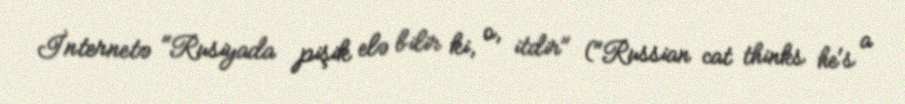
İnternetə "Rusiyada pişik elə bilir ki, o, itdir" ("Russian cat thinks he's a